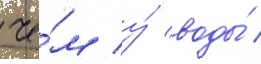
че́м у́ воды́ /